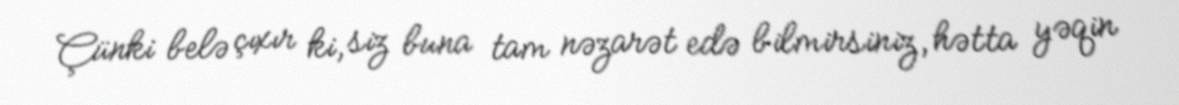
Çünki belə çıxır ki, siz buna tam nəzarət edə bilmirsiniz, hətta yəqin